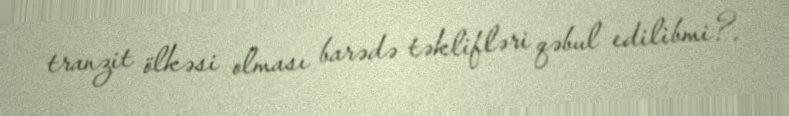
tranzit ölkəsi olması barədə təklifləri qəbul edilibmi?.